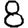
Digit: 8